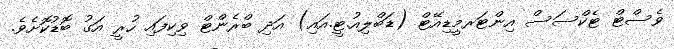
ވެސްޓް ޓެކްސަސް އިންޓަރމީޑިއޭޓް (ޑަބްލިއު.ޓީ.އައި) އަދި ބްރެންޓް ވިކިފައި ހުރީ އަގު ބޮޑުކޮށެވެ.